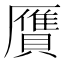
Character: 贋